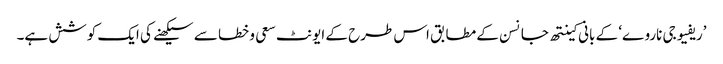
’ریفیوجی ناروے‘ کے بانی کینتھ جانسن کے مطابق اس طرح کے ایونٹ سعی و خطا سے سیکھنے کی ایک کوشش ہے۔